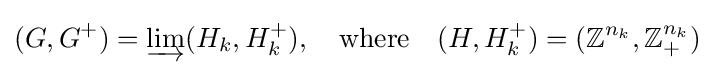
(G,G^{+})=\varinjlim (H_{k},H_{k}^{+}),\quad {\mbox{where}}\quad (H,H_{k}^{+})=(\mathbb {Z} ^{n_{k}},\mathbb {Z} _{+}^{n_{k}})